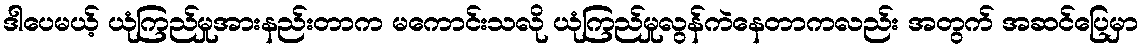
ဒါပေမယ့် ယုံကြည်မှုအားနည်းတာက မကောင်းသလို ယုံကြည်မှုလွန်ကဲနေတာကလည်း အတွက် အဆင်ပြေမှာ